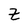
Character: Z